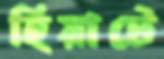
হিয়াটে